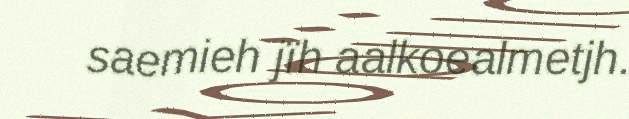
saemieh jïh aalkoealmetjh.